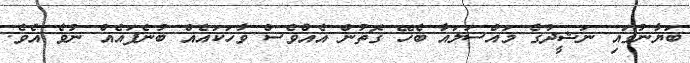
ބަޔާނުގައި ނަޝީދުގެ މައްސަލައާ ބެހޭ ގޮތުން އެއްވެސް ވާހަކައެއް ބުނެފައެއް ނުވެ އެވެ.